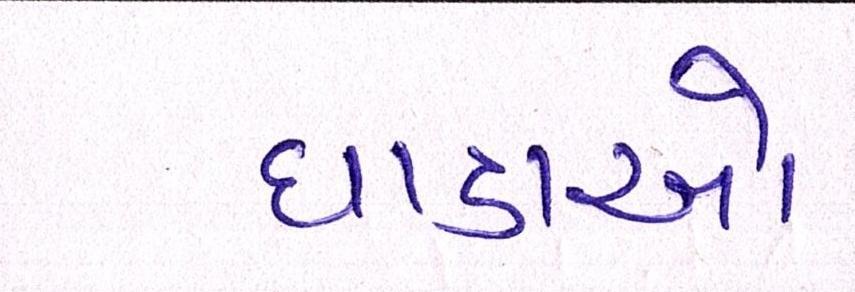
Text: ધાડાઓ